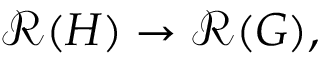
{ \mathcal { R } } ( H ) \to { \mathcal { R } } ( G ) ,